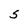
Character: S